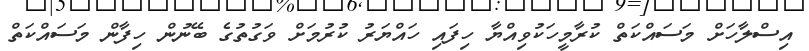
އިސްލާހަށް މަސައްކަތް ކުރާމީހަކުވިއްޔާ ހިފައި ހައްޔަރު ކުރުމަށް ވަގުތުގެ ބޭނުން ހިފާން މަސައްކަތް